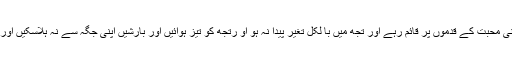
اللہ کے سامنے ایسا بن جا کہ مصائب تیرے اوپر نازل ہوتے رہیں تو اپنی محبت کے قدموں پر قائم رہے اور تجھ میں با لکل تغیر پیدا نہ ہو او رتجھ کو تیز ہوائیں اور بارشیں اپنی جگہ سے نہ ہلاسکیں اور نہ نیزے تجھے زخمی کر سکیں اور توُ ظاہراً اور باطناً ثابت قدم رہے۔